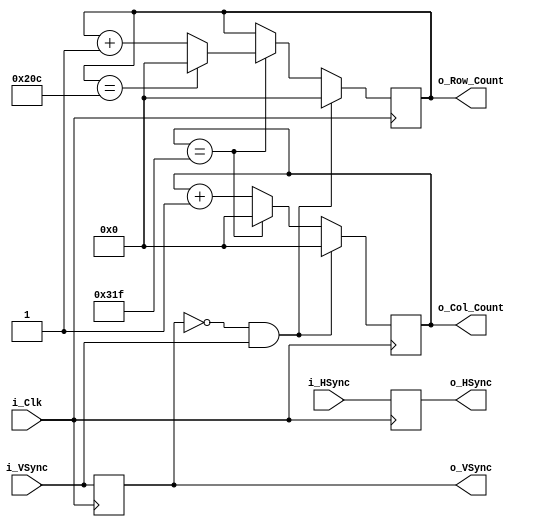
`timescale 1ns / 1ps
//////////////////////////////////////////////////////////////////////////////////
// Company: 
// Engineer: 
// 
// Design Name: 
// Module Name: Sync_To_Count
// Project Name: 
// Target Devices: 
// Tool Versions: 
// Description: 
// 
// Dependencies: 
// 
// Revision:
// Revision 0.01 - File Created
// Additional Comments:
// 
//////////////////////////////////////////////////////////////////////////////////


module Sync_To_Count #(
                        parameter TOTAL_COLS = 800,
                        parameter TOTAL_ROWS = 525
                    )

                    (
                        input i_Clk,
                        input i_HSync,
                        input i_VSync,
                        output reg o_HSync = 0,
                        output reg o_VSync = 0,
                        output reg [9:0] o_Col_Count = 0,
                        output reg [9:0] o_Row_Count = 0
                    );

    wire w_Frame_Start;

    always @(posedge i_Clk)
    begin
        o_VSync <= i_VSync;
        o_HSync <= i_HSync;
    end

    always @(posedge i_Clk)
    begin
        if (w_Frame_Start == 1'b1)
        begin
            o_Col_Count <= 0;
            o_Row_Count <= 0;
        end
        else
        begin
            if(o_Col_Count == TOTAL_COLS-1)
            begin
                if (o_Row_Count == TOTAL_ROWS-1)
                begin
                    o_Row_Count <= 0;
                end
                else
                begin
                    o_Row_Count <= o_Row_Count+1;
                end
                o_Col_Count <= 0;
            end
            else
            begin
                o_Col_Count <= o_Col_Count+1;
            end
        end
    end

    assign w_Frame_Start = (~o_VSync & i_VSync);
    
endmodule